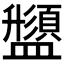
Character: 𱲟